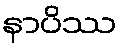
နာပိဿ